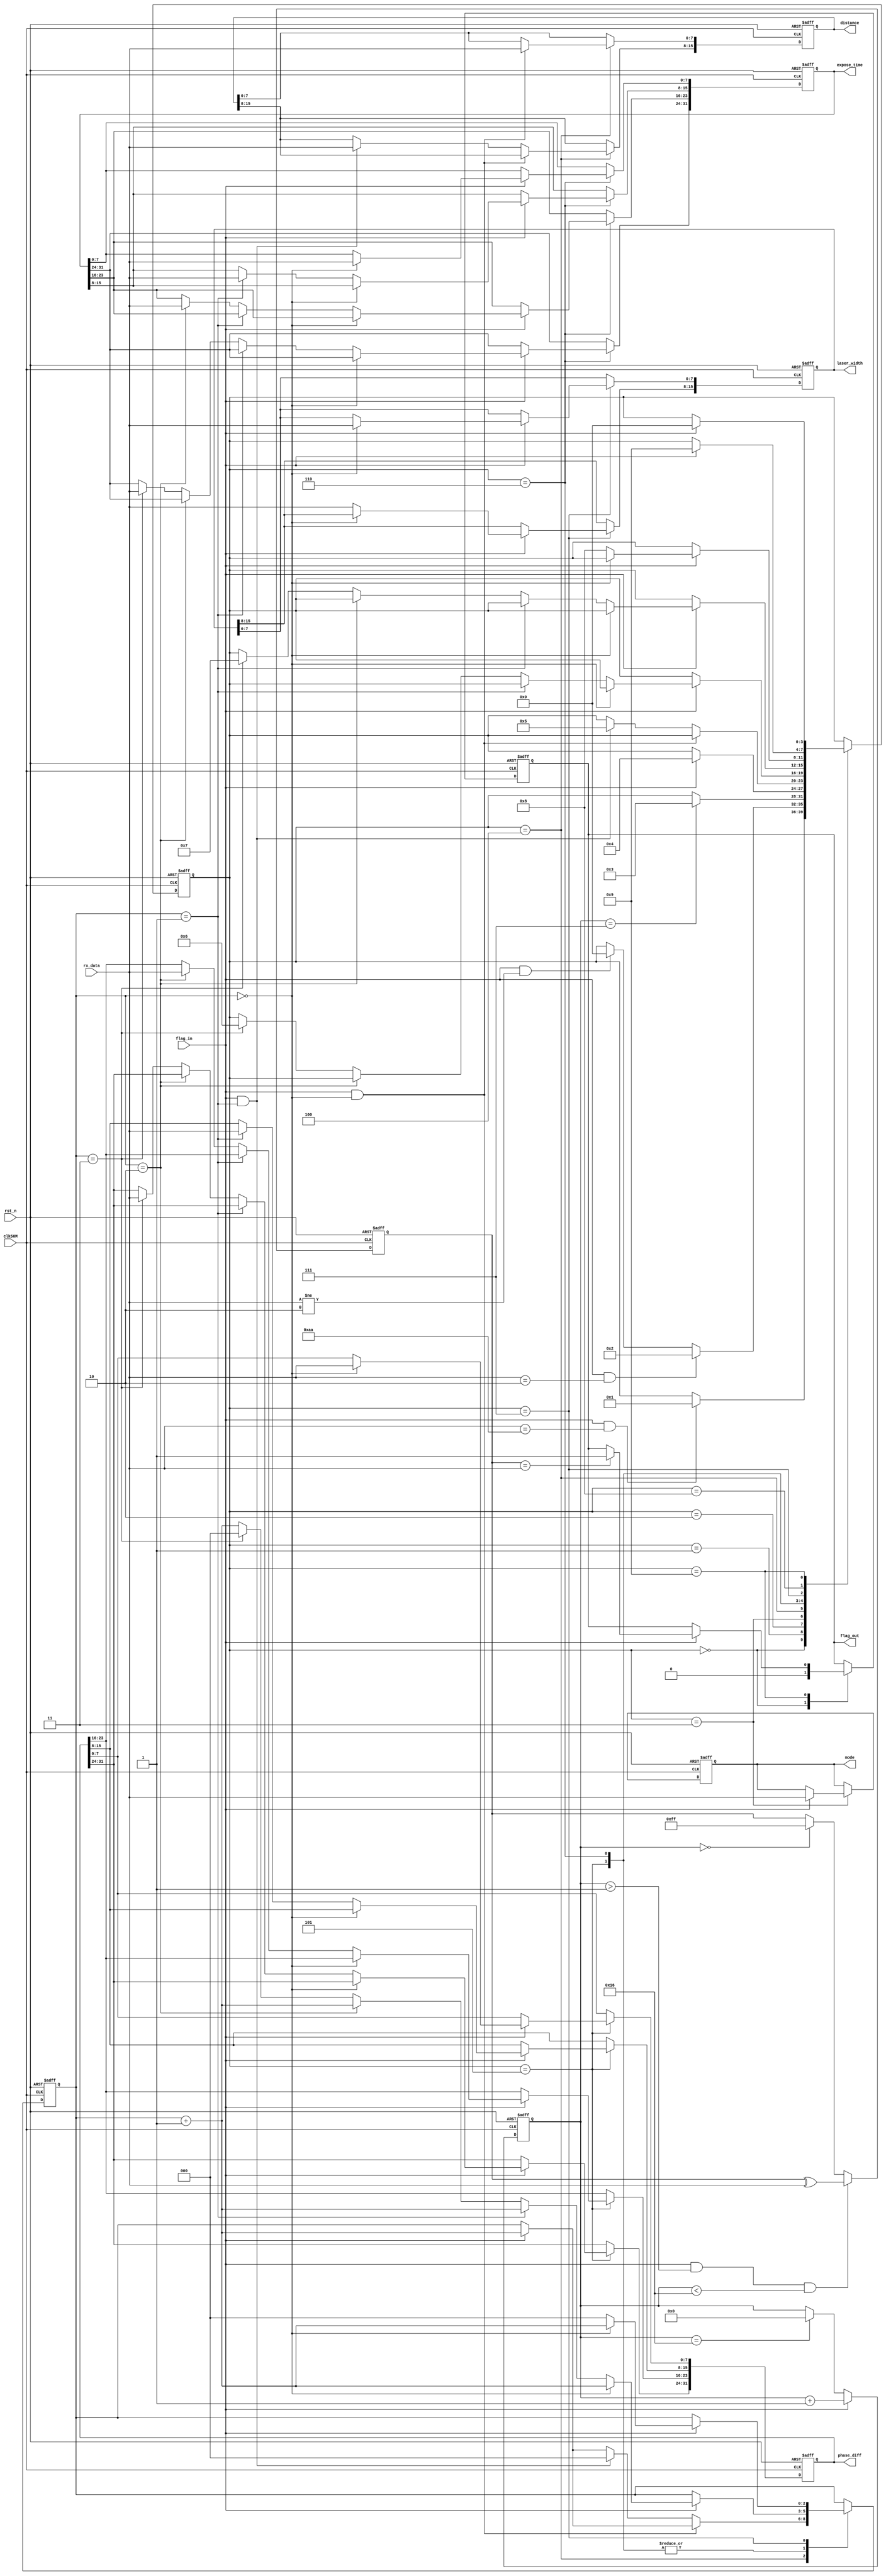
//===================================================================================
// uart_rx_cmd 
// uart_rx
//
//                                                              ------2019.11.11
//===================================================================================

`timescale 1ns / 1ps

module uart_rx_cmd(
    //
    input                   clk50M              ,
    input                   rst_n               ,
    //
    input           [ 7:0]  rx_data             ,           //
    input                   flag_in             ,           //
    //
    output  reg     [ 7:0]  mode                ,           //
    output  reg     [15:0]  distance            ,           //(m)
    output  reg     [31:0]  phase_diff          ,           //(5ns)
    output  reg     [31:0]  expose_time         ,           //
    output  reg     [15:0]  laser_width         ,           //
    output  reg             flag_out                        //
);

//
localparam  U2X_FBYTE_NUM   =   22;			      // -> XINTF (UART to XINTF Frame Byte Num)
//
localparam  IDLE            =   0;                //
localparam  HEAD            =   1;                // 8'haa
localparam  ID              =   2;                //ID  8'h02
localparam  MODE            =   3;                //
localparam  DIST            =   4;                //
localparam  PHASE           =   5;                //
localparam  EXP             =   6;                //
localparam  WIDTH           =   7;                //
localparam  FREE            =   8;                //
localparam  CKECK           =   9;                //
//
localparam  M_ACT           =   8'h10;            //(active)
localparam  M_PAS           =   8'h20;            //(passive)
localparam  M_CONT          =   8'h30;            //(continue)
localparam  M_SPOT_1        =   8'h40;            //1(spot)
localparam  M_SPOT_2        =   8'h50;            //2(spot)
localparam  M_SPOT_3        =   8'h60;            //3(spot)
localparam  M_SCAN          =   8'h70;            //(scan)
localparam  M_STORE         =   8'h80;            //(store)
localparam  M_NONE          =   8'h00;            //(none)
//
reg     [4:0]   rx_cnt;                 //
reg     [3:0]   state;                  //
reg     [2:0]   s_cnt;                  //
reg     [7:0]   checksum;               //,2~210xFF


//rx_cnt,
always @(posedge clk50M or negedge rst_n) begin
    if(~rst_n)
        rx_cnt = 'd0;
    else if(flag_in)
        rx_cnt = rx_cnt + 'd1;
    else if(rx_cnt == U2X_FBYTE_NUM)
        rx_cnt = 'd0;
end
//checksum,2~210xFF
always @(posedge clk50M or negedge rst_n) begin
    if(~rst_n)
        checksum = 8'hff;
    else if(flag_in && (rx_cnt > 1) && (rx_cnt < 22))
        checksum = checksum ^ rx_data;
    else if(rx_cnt == 0)
        checksum = 8'hff;
end
//:mode,distance,phase_diff,expose_time,laser_width,flag_out
always @(posedge clk50M or negedge rst_n) begin
    if(~rst_n) begin
        state               =   IDLE    ;           //
        mode                =   M_NONE  ;           //,M_NONE,
        distance            =   16'd0   ;           //(m)
        phase_diff          =   32'd0   ;           //(5ns)
        expose_time         =   32'd0   ;           //
        laser_width         =   16'd0   ;           //
        flag_out            =   'b0     ;           //
        s_cnt               =   'd0     ;           //
    end
    else begin
        case(state)
            IDLE: begin                             //,flag_out
                flag_out <= 'b0;
                if(flag_in && rx_data == 8'haa)
                    state <= HEAD;
            end
            HEAD: begin                             //[1]
                if(flag_in && rx_data == 8'h02)
                    state <= ID;
                else if(flag_in && rx_data != 8'h02)  
                    state <= IDLE;
            end
            ID: begin                               //[2]ID
                if(rx_cnt == 'd7)
                    state <= MODE;
            end
            MODE: begin                             //[8],mode
                if(flag_in) begin
                    mode = rx_data;
                    state <= DIST;
                end
            end
            DIST: begin                             //[9,10](m),distance
                if(flag_in)
                    s_cnt <= s_cnt + 'd1;
                if(flag_in && s_cnt == 'd0)
                    distance[ 7:0] <= rx_data;
                else if(flag_in && s_cnt == 'd1) begin
                    distance[15:8] <= rx_data;
                    s_cnt <= 'd0;
                    state <= PHASE;
                end
            end    
            PHASE: begin                            //[11:14],phase_diff
                if(flag_in) begin
                    s_cnt <= s_cnt + 'd1;
                    if(s_cnt == 'd0)
                        phase_diff[ 7:0] <= rx_data;
                    else if(s_cnt == 'd1)
                        phase_diff[15:8] <= rx_data;
                    else if(s_cnt == 'd2)
                        phase_diff[23:16] <= rx_data;
                    else if(s_cnt == 'd3) begin
                        phase_diff[31:24] <= rx_data;
                        s_cnt <= 'd0;
                        state <= EXP;
                    end
                end
            end
            EXP: begin                              //[15:18],expose_time
                if(flag_in) begin
                    s_cnt <= s_cnt + 'd1;
                    if(s_cnt == 'd0)
                        expose_time[ 7: 0] <= rx_data;
                    else if(s_cnt == 'd1)
                        expose_time[15: 8] <= rx_data;
                    else if(s_cnt == 'd2)
                        expose_time[23:16] <= rx_data;
                    else if(s_cnt == 'd3) begin
                        expose_time[31:24] <= rx_data;
                        s_cnt <= 'd0;
                        state <= WIDTH;
                    end
                end
            end
            WIDTH: begin                            //[19:20],laser_width
                if(flag_in) begin
                    s_cnt <= s_cnt + 'd1;
                    if(s_cnt == 'd0)
                        laser_width[ 7: 0] <= rx_data;
                    else begin
                        laser_width[15: 8] <= rx_data;
                        s_cnt <= 'd0;
                        state <= FREE;
                    end
                end
            end
            FREE: begin                             //[21]
                 if(flag_in) 
                    state <= CKECK;
            end
            CKECK: begin                            //[22],flag_out
                if(flag_in) begin
                    state <= IDLE;
                    if(checksum == rx_data)
                        flag_out <= 'b1;
                end
            end
        endcase
    end
end

endmodule